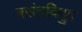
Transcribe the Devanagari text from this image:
बसंतविषुव